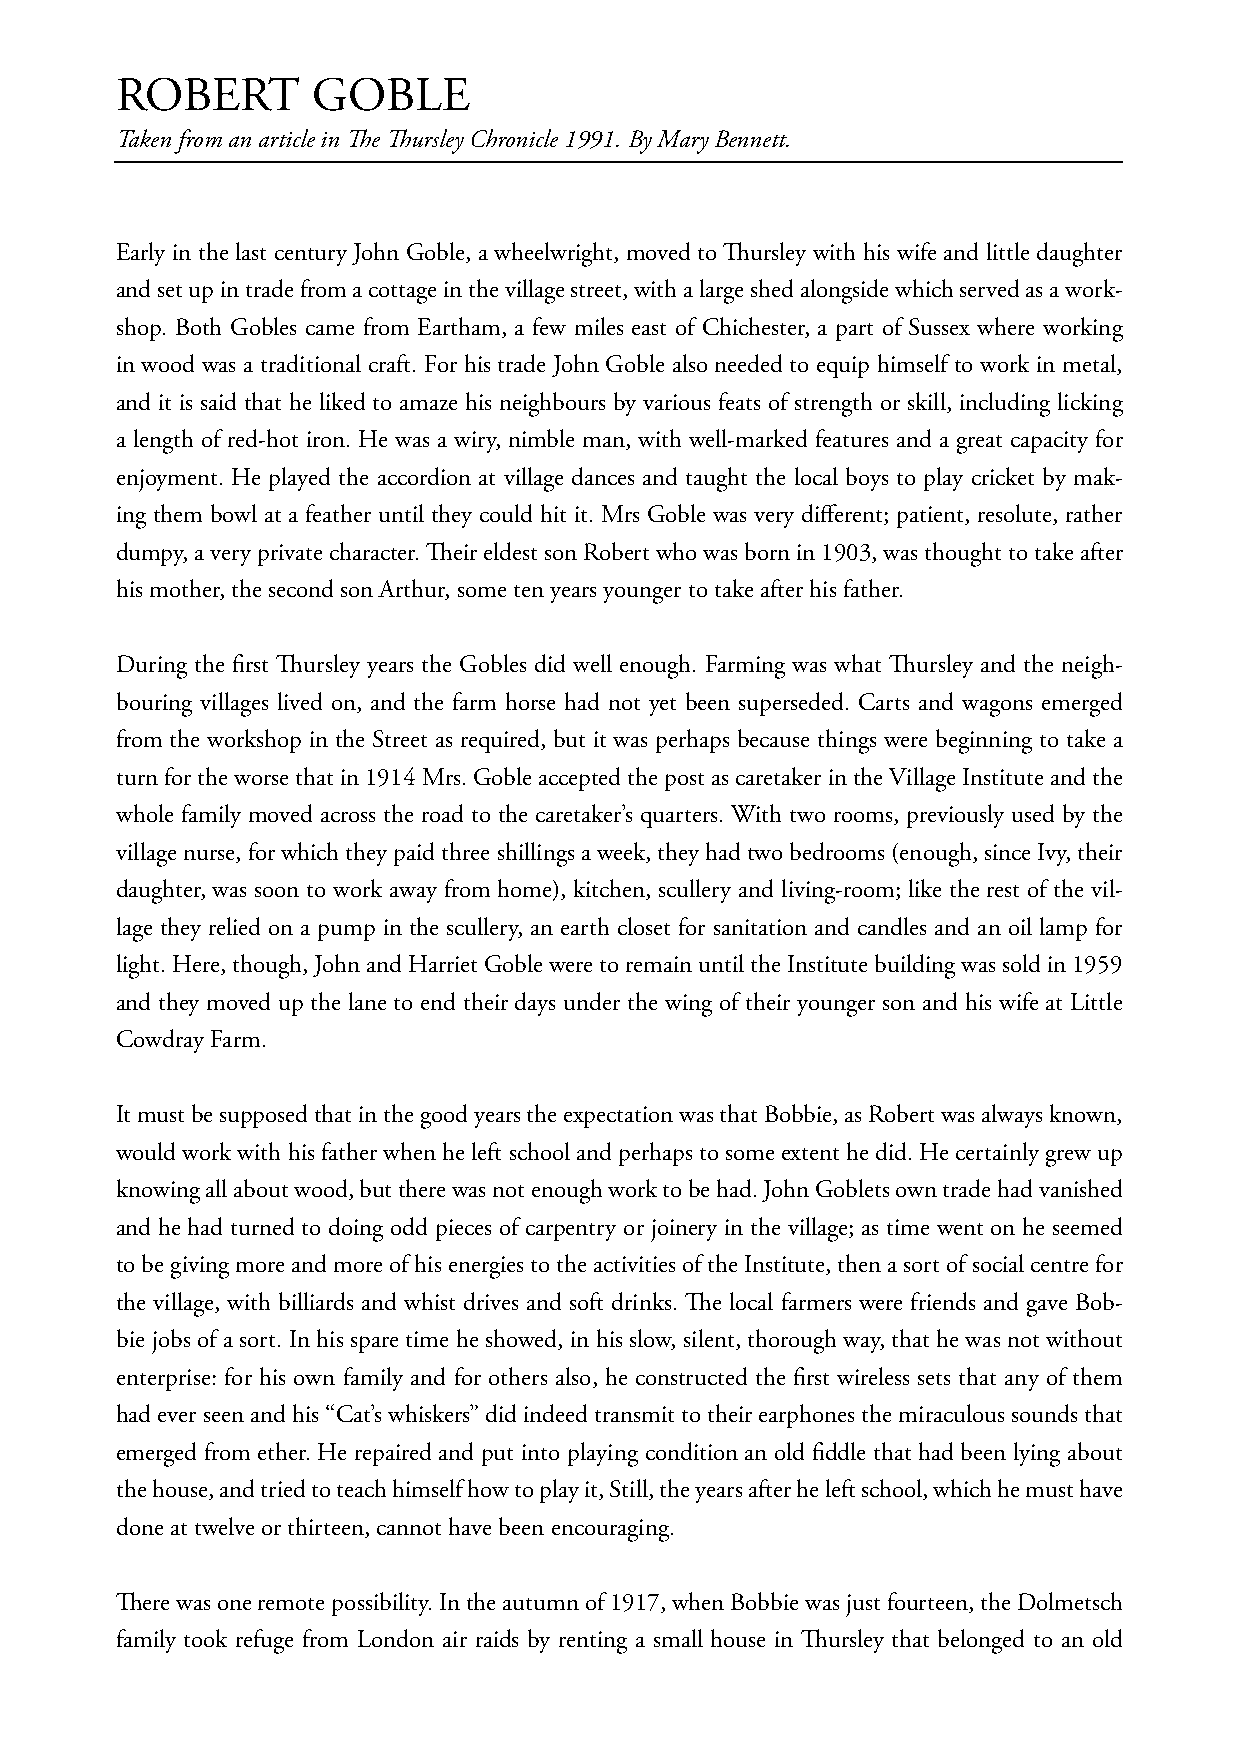
ROBERT       GOBLE
 Taken from an article in The Thursley Chronicle 1991. By Mary Bennett.
 Early in the last century John Goble, a wheelwright, moved to Thursley with his wife and little daughter
 and set up in trade from a cottage in the village street, with a large shed alongside which served as a work-
 shop. Both Gobles came from Eartham, a few miles east of Chichester, a part of Sussex where working
 in wood was a traditional craft. For his trade John Goble also needed to equip himself to work in metal,
 and it is said that he liked to amaze his neighbours by various feats of strength or skill, including licking
 a length of red-hot iron. He was a wiry, nimble man, with well-marked features and a great capacity for
 enjoyment. He played the accordion at village dances and taught the local boys to play cricket by mak-
 ing them bowl at a feather until they could hit it. Mrs Goble was very different; patient, resolute, rather
 dumpy, a very private character. Their eldest son Robert who was born in 1903, was thought to take after
 his mother, the second son Arthur, some ten years younger to take after his father.
 During the first Thursley years the Gobles did well enough. Farming was what Thursley and the neigh-
 bouring villages lived on, and the farm horse had not yet been superseded. Carts and wagons emerged
 from the workshop in the Street as required, but it was perhaps because things were beginning to take a
 turn for the worse that in 1914 Mrs. Goble accepted the post as caretaker in the Village Institute and the
 whole family moved across the road to the caretaker’s quarters. With two rooms, previously used by the
 village nurse, for which they paid three shillings a week, they had two bedrooms (enough, since Ivy, their
 daughter, was soon to work away from home), kitchen, scullery and living-room; like the rest of the vil-
 lage they relied on a pump in the scullery, an earth closet for sanitation and candles and an oil lamp for
 light. Here, though, John and Harriet Goble were to remain until the Institute building was sold in 1959
 and they moved up the lane to end their days under the wing of their younger son and his wife at Little
 Cowdray Farm.
 It must be supposed that in the good years the expectation was that Bobbie, as Robert was always known,
 would work with his father when he left school and perhaps to some extent he did. He certainly grew up
 knowing all about wood, but there was not enough work to be had. John Goblets own trade had vanished
 and he had turned to doing odd pieces of carpentry or joinery in the village; as time went on he seemed
 to be giving more and more of his energies to the activities of the Institute, then a sort of social centre for
 the village, with billiards and whist drives and soft drinks. The local farmers were friends and gave Bob-
 bie jobs of a sort. In his spare time he showed, in his slow, silent, thorough way, that he was not without
 enterprise: for his own family and for others also, he constructed the first wireless sets that any of them
 had ever seen and his “Cat’s whiskers” did indeed transmit to their earphones the miraculous sounds that
 emerged from ether. He repaired and put into playing condition an old fiddle that had been lying about
 the house, and tried to teach himself how to play it, Still, the years after he left school, which he must have
 done at twelve or thirteen, cannot have been encouraging.
 There was one remote possibility. In the autumn of 1917, when Bobbie was just fourteen, the Dolmetsch
 family took refuge from London air raids by renting a small house in Thursley that belonged to an old